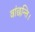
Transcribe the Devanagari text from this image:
वांछन्ति।